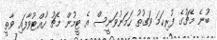
ބުނެ މެޗުގެ ފުރިހަމަ ވަގުތު ހަމަނުވަނީސް އެ ޓީމުން މެޗު ހުއްޓުވާފައި ވާތީ